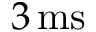
3 \, \mathrm { m s }